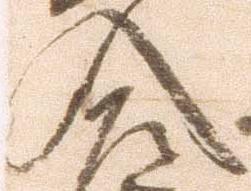
入